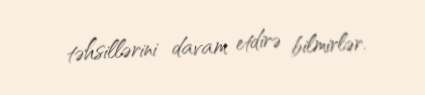
təhsillərini davam etdirə bilmirlər.